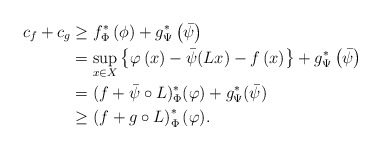
\begin{align*}c_f+c_g & \geq f^{*}_\Phi \left(\phi\right)+g^{*}_\Psi\left(\bar{\psi}\right)\\ & =\sup_{x\in X} \left\{\varphi\left(x\right)-\bar{\psi} (Lx)-f\left(x\right) \right\}+g^{*}_\Psi\left(\bar{\psi}\right)\\ & = (f+\bar{\psi}\circ L)^*_\Phi (\varphi) + g^*_\Psi (\bar{\psi})\\ & \geq \left(f+g\circ L\right)^*_\Phi (\varphi).\end{align*}